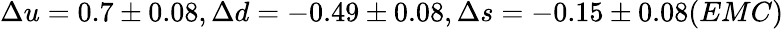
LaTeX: \Delta u=0.7\pm 0.08,\Delta d=-0.49\pm 0.08,\Delta s=-0.15\pm 0.08(EMC)